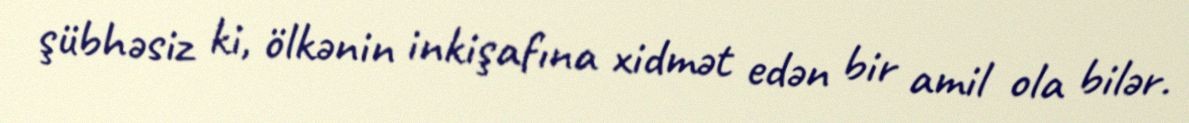
şübhəsiz ki, ölkənin inkişafına xidmət edən bir amil ola bilər.